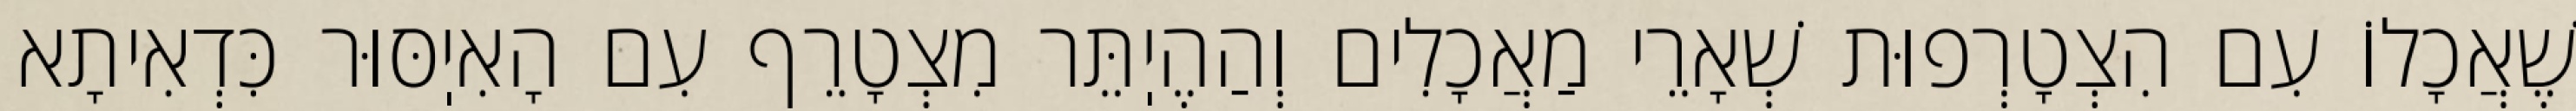
שֶׁאֲכָלוֹ עִם הִצְטָרְפוּת שְׁאָרֵי מַאֲכָלִים וְהַהֶיֽתֵּר מִצְטָרֵף עִם הָאִיֽסּוּר כִּדְאִיתָא